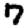
Digit: 7